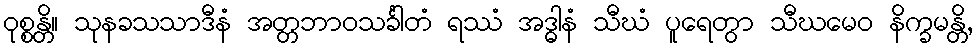
ဝုစ္စန္တိ။ သုနခသသာဒီနံ အတ္တဘာဝသင်္ခါတံ ရဿံ အဒ္ဓါနံ သီဃံ ပူရေတွာ သီဃမေဝ နိက္ခမန္တိ,